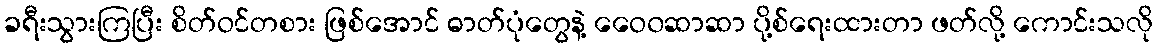
ခရီးသွားကြပြီး စိတ်ဝင်တစား ဖြစ်အောင် ဓာတ်ပုံတွေနဲ့ ဝေေ၀ဆာဆာ ပို့စ်ရေးထားတာ ဖတ်လို့ ကောင်းသလို